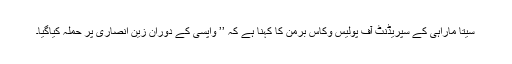
سیتا ماراہی کے سپریڈنٹ آف پولیس وکاس برمن کا کہنا ہے کہ ’’ واپسی کے دوران زین انصاری پر حملہ کیاگیا۔